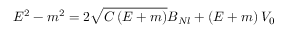
E ^ { 2 } - m ^ { 2 } = 2 \sqrt { C \left( E + m \right) } B _ { N l } + \left( E + m \right) V _ { 0 }